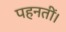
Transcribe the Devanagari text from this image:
पहनतीं।